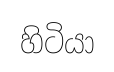
හිටියා